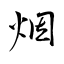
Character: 烟